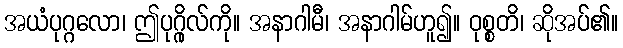
အယံပုဂ္ဂလော၊ ဤပုဂ္ဂိုလ်ကို။ အနာဂါမီ၊ အနာဂါမ်ဟူ၍။ ဝုစ္စတိ၊ ဆိုအပ်၏။